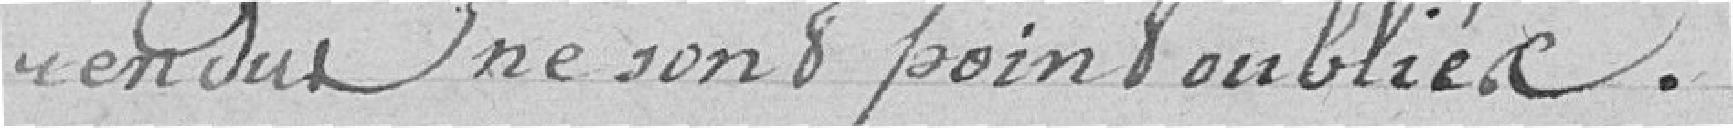
rendus ne sont point oubliés.